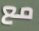
مع